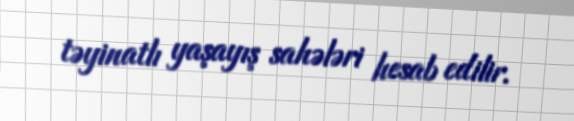
təyinatlı yaşayış sahələri hesab edilir.